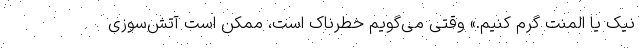
نیک یا المنت گرم کنیم.» وقتی می‌گویم خطرناک است، ممکن است آتش‌سوزی